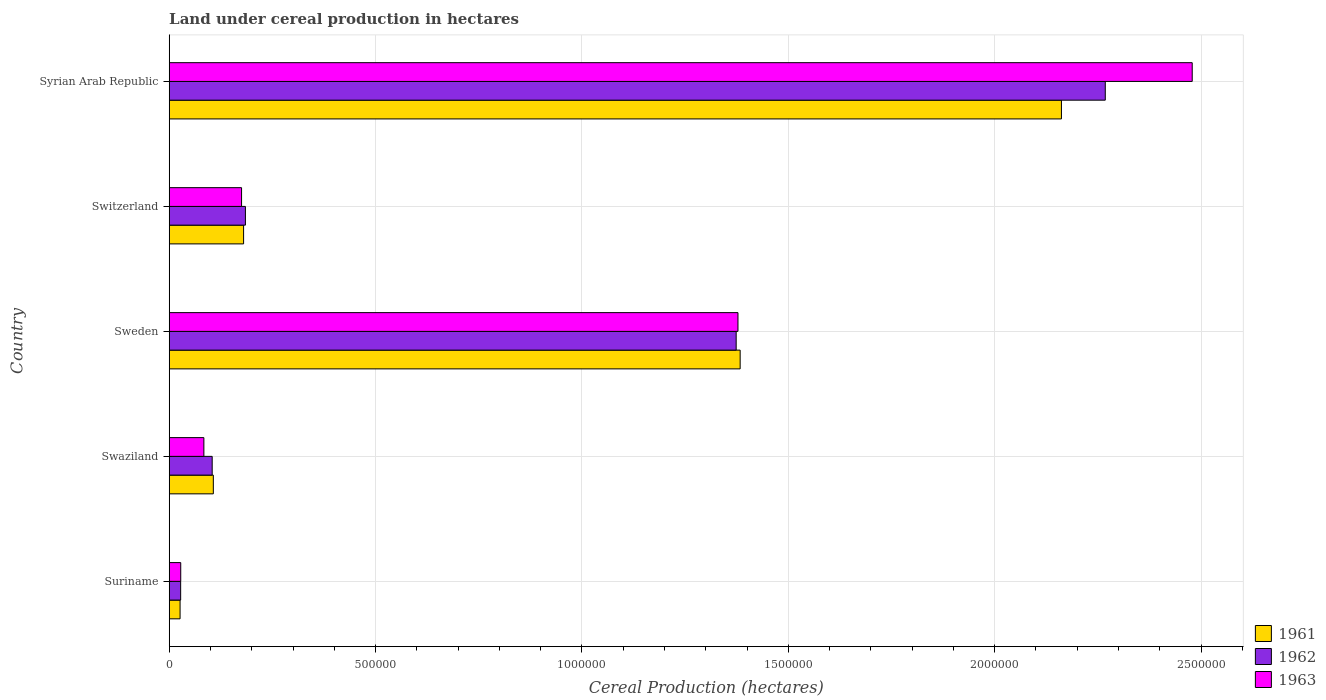
| Country | 1961 | 1962 | 1963 |
 | --- | --- | --- | --- |
 | Suriname | 2.63e+04 | 2.77e+04 | 2.79e+04 |
 | Swaziland | 1.07e+05 | 1.04e+05 | 8.4e+04 |
 | Sweden | 1.38e+06 | 1.37e+06 | 1.38e+06 |
 | Switzerland | 1.8e+05 | 1.85e+05 | 1.75e+05 |
 | Syrian Arab Republic | 2.16e+06 | 2.27e+06 | 2.48e+06 |